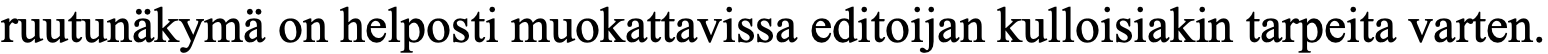
ruutunäkymä on helposti muokattavissa editoijan kulloisiakin tarpeita varten.